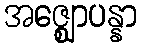
အဇ္ဈောပန္နာ